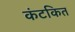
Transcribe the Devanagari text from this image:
कंटकित